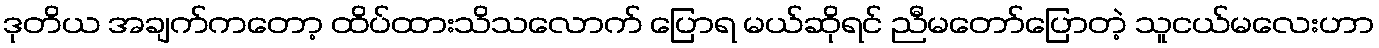
ဒုတိယ အချက်ကတော့ ထိပ်ထားသိသလောက် ပြောရ မယ်ဆိုရင် ညီမတော်ပြောတဲ့ သူငယ်မလေးဟာ